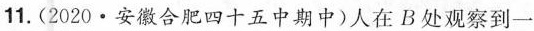
11.(2020·安徽合肥四十五中期中)人在B处观察到一